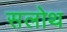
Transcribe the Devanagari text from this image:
सलोथ